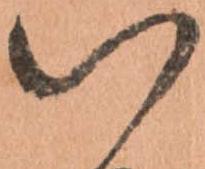
い